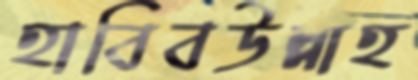
হাবিবউল্লাহ